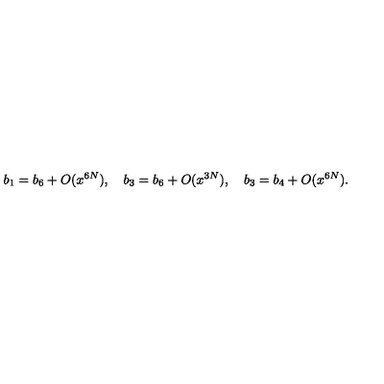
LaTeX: b _ { 1 } = b _ { 6 } + O ( x ^ { 6 N } ) , \quad b _ { 3 } = b _ { 6 } + O ( x ^ { 3 N } ) , \quad b _ { 3 } = b _ { 4 } + O ( x ^ { 6 N } ) .